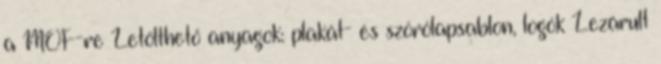
a MÖF-re Letölthető anyagok: plakát- és szórólapsablon, logók Lezárult